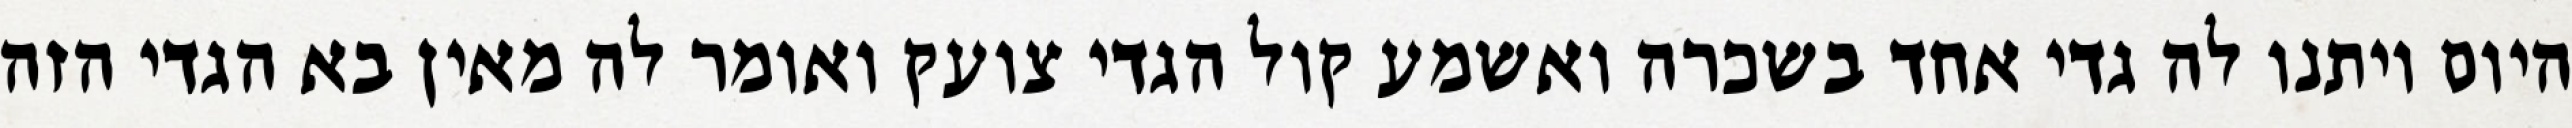
היום ויתנו לה גדי אחד בשכרה ואשמע קול הגדי צועק ואומר לה מאין בא הגדי הזה